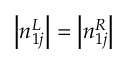
\left| n _ { 1 j } ^ { L } \right| = \left| n _ { 1 j } ^ { R } \right|